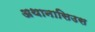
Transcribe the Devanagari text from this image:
अथानासिउस